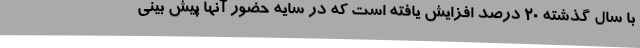
با سال گذشته 20 درصد افزایش یافته است که در سایه حضور آنها پیش بینی